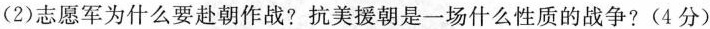
(2)志愿军为什么要赴朝作战?抗美援朝是一场什么性质的战争?(4分)